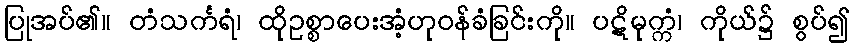
ပြုအပ်၏။ တံသင်္ကရံ၊ ထိုဥစ္စာပေးအံ့ဟုဝန်ခံခြင်းကို။ ပဋိမုက္ကံ၊ ကိုယ်၌ စွပ်၍